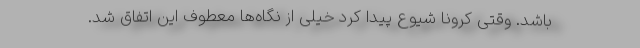
باشد. وقتی کرونا شیوع پیدا کرد خیلی از نگاه‌ها معطوف این اتفاق شد.